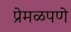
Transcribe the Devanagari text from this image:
प्रेमळपणे